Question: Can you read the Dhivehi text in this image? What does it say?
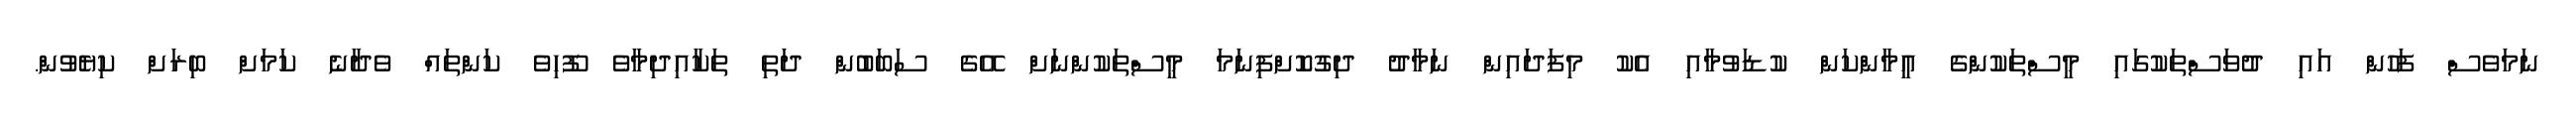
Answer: ނަމަވެސް ފަހުން އައި ދުވަސްތަކުގައި މީސްތަކުންގެ އީމާންކަން ކުޑަވުމާއި އެކު މިފަދައިން ނަމާދު ދިގުކޮށްފިނަމަ މީސްތަކުންނަށް އޭގެ ސަބަބުން ދަތި ތަކާއިދިމާވެ ފޫހިވެ ކަންތައް ވެދާނެ ކަމަށް ބިރަށް ކިޔެވުން.